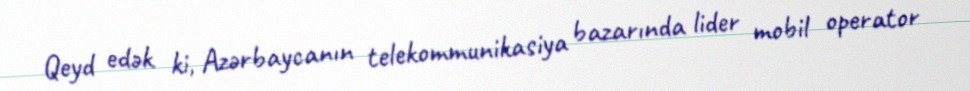
Qeyd edək ki, Azərbaycanın telekommunikasiya bazarında lider mobil operator